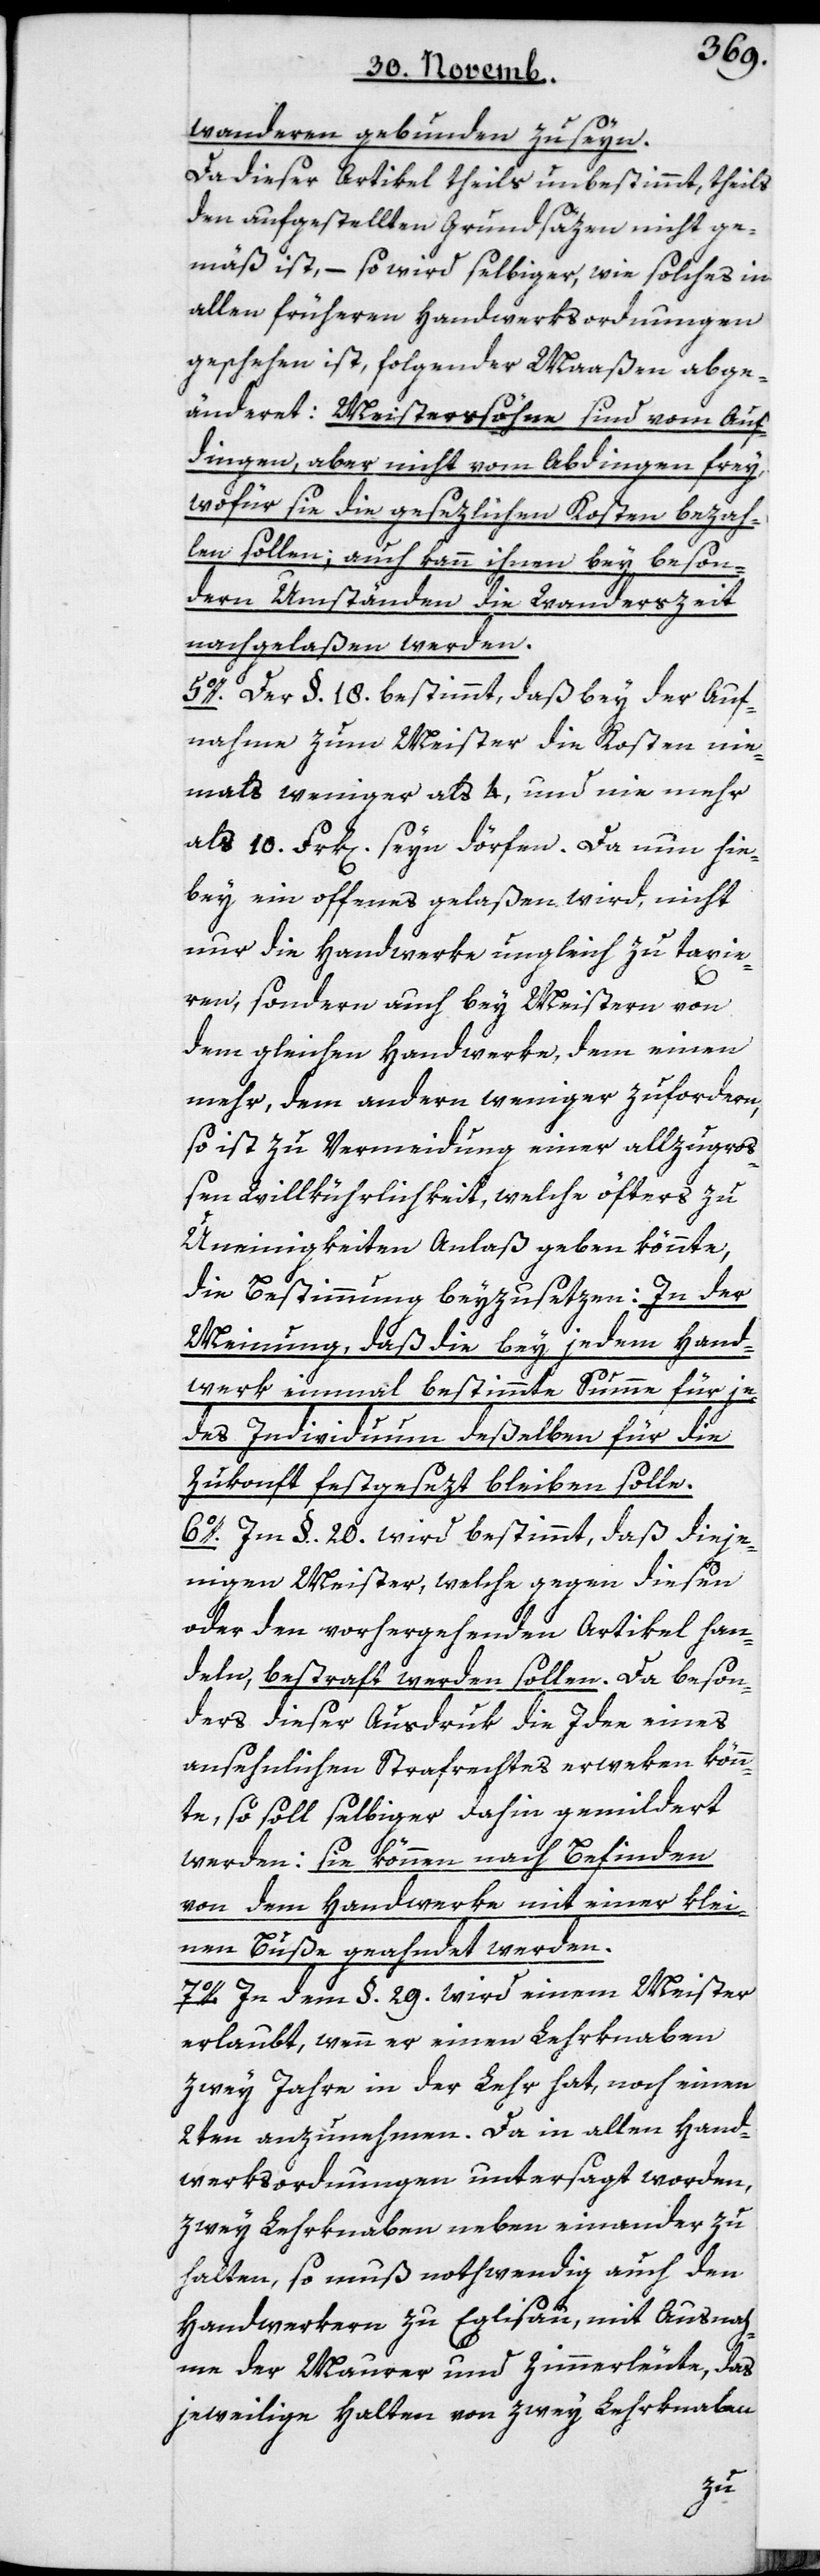
Wandern, gebunden zu seyn.
Da dieser Artikel theils unbestimmt, theils
den aufgestellten Grundsäzen nicht ge¬
mäß ist, – so wird selbiger, wie solches in
allen früheren Handwerksordnungen
geschen ist, folgender Maaßen abge¬
änderet: Meistersöhne sind vom Auf¬
dingen, aber nicht vom Abdingen frey,
wofür sie die gesezlichen Kosten bezah¬
len sollen; auch kann ihnen bey beson¬
dern Umständen die Wanderszeit
nachgelaßen werden.
5o. Der §. 18. bestimmt, daß bey der Auf¬
nahme zum Meister die Kosten nie¬
mahls weniger als 4, und nie mehr
als 10. Frk[en]. seyn dörfen. Da nun hie¬
bey ein offenes gelaßen wird, nicht
nur die Handwerke ungleich zu taxie¬
ren, sondern auch bey Meistern von
dem gleichen Handwerke, dem einen
mehr, dem andern weniger zu fordern,
so ist zu Vermeidung einer allzugroß¬
en Willkührlichkeit, welche öfters zu
Uneinigkeiten Anlaß geben könnte,
die Bestimmung beyzusetzen: In der
Meinung, daß die bey jedem Hand¬
werk einmal bestimmte Summe für je¬
des Individuum deßelben für die
Zukonft festgesezt bleiben solle.
6o. Im §. 20. wird bestimmt, daß dieje¬
nigen Meister, welche gegen diesen
oder den vorhergehenden Artikel han¬
deln, bestraft werden sollen. Da beson¬
ders dieser Ausdruk die Idee eines
ansehnlichen Strafrechts erweken könn¬
te, so soll selbiger dahin gemildert
werden: sie können nach Befinden
von dem Handwerke mit einer klei¬
nen Buße geahndet werden.
7o. In dem §. 29. wird einem Meister
erlaubt, wenn er einen Lehrknaben
zwey Jahre in der Lehr hat, noch einen
2ten anzunehmen. Da in allen Hand¬
werksordnungen untersagt worden,
zwey Lehrknaben neben einander zu
halten, so muß nothwendig auch den
Handwerkern zu Eglisau, mit Ausnah¬
me der Maurer und Zimmerleute, das
jeweilige Halten von zwey Lehrknaben